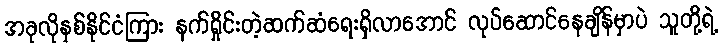
အခုလိုနှစ်နိုင်ငံကြား နက်ရှိုင်းတဲ့ဆက်ဆံရေးရှိလာအောင် လုပ်ဆောင်နေချိန်မှာပဲ သူတို့ရဲ့